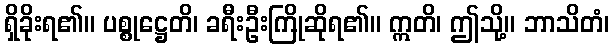
ရှိခိုးရ၏။ ပစ္စုဋ္ဌေတိ၊ ခရီးဦးကြိုဆိုရ၏။ ဣတိ၊ ဤသို့။ ဘာသိတံ၊